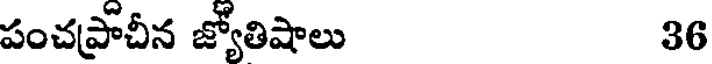
పంచప్రాచీన జ్యోతిషాలు 36